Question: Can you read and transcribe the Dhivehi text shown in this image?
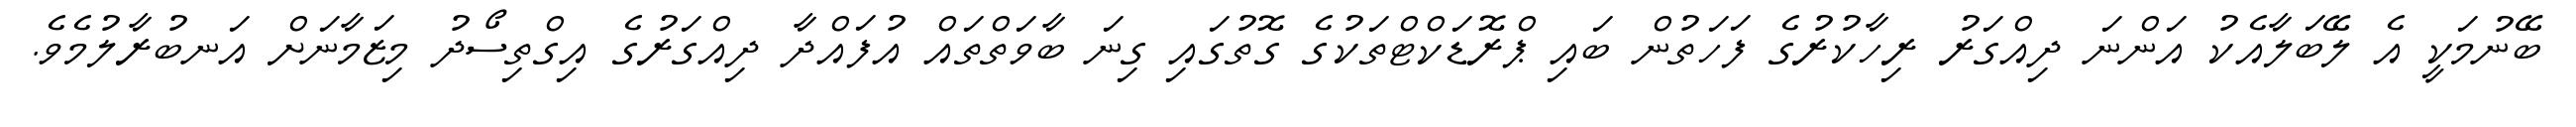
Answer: ބޭނުމަކީ އެ ލޭބަލާއެކު އަންނަ ދިއްގަރު ރިހާކުރުގެ ފަހަތުން ބައި ޕްރޮޑަކްޓްތަކުގެ ގޮތުގައި ގިނަ ބާވަތްތައް އުފައްދާ ދިއްގަރުގެ އިގްތިސޯދު މިޒަމާނަށް އަނބުރާލުމެވެ.